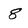
Character: 8